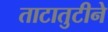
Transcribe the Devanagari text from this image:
ताटातुटीने